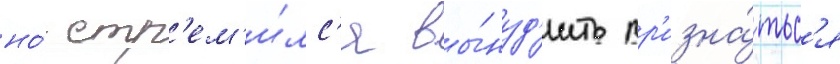
но́ стр'ем'и́лс'я вы́нуд'ить пр'изна́тьс'я